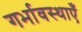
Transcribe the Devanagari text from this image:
गर्भावस्थाएँ